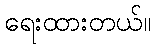
ရေးထားတယ်။